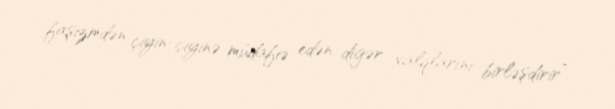
faşizmdən çiyin-çiyinə müdafiə edən digər xalqlarını birləşdirir”.